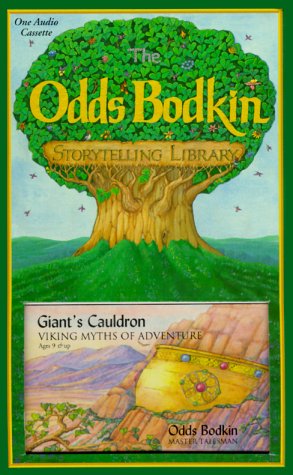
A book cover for Giant's Cauldron: Viking Myths of Adventure/Cassette (The Odds Bodkin Storytelling Library); Odds Bodkin; Children's Books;